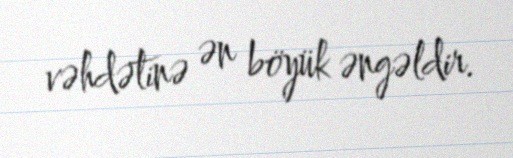
vəhdətinə ən böyük əngəldir.